Annual administration report of the Civil Veterinary Department of India - 1896-1897
Year: 1896
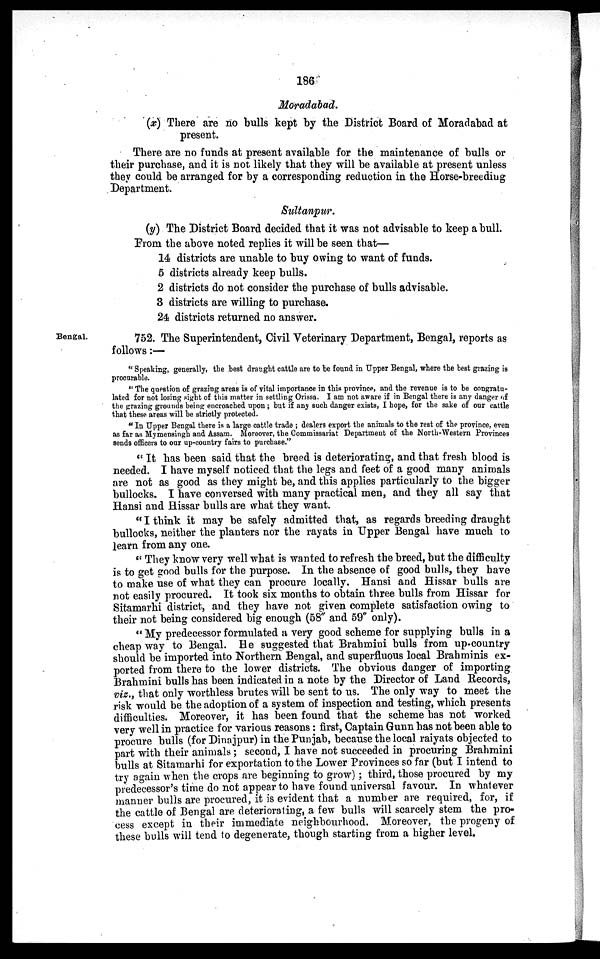
186
Moradabad.
(x) There are no bulls kept by the District Board of Moradabad at
present.
There are no funds at present available for the maintenance of bulls or
their purchase, and it is not likely that they will be available at present unless
they could be arranged for by a corresponding reduction in the Horse-breeding
Department.
Sultanpur.
(y) The District Board decided that it was not advisable to keep a bull.
From the above noted replies it will be seen that—
14 districts are unable to buy owing to want of funds.
5 districts already keep bulls.
2 districts do not consider the purchase of bulls advisable.
3 districts are willing to purchase.
24 districts returned no answer.
Bengal.
752. The Superintendent, Civil Veterinary Department, Bengal, reports as
follows:—
" Speaking, generally, the best draught cattle are to be found in Upper Bengal, where the best grazing is
procurable.
" The question of grazing areas is of vital importance in this province, and the revenue is to be congratu-
lated for not losing sight of this matter in settling Orissa. I am not aware if in Bengal there is any danger of
the grazing grounds being encroached upon; but if any such danger exists, I hope, for the sake of our cattle
that these areas will be strictly protected.
" In Upper Bengal there is a large cattle trade; dealers export the animals to the rest of the province, even
as far as Mymensingh and Assam. Moreover, the Commissariat Department of the North-Western Provinces
sends officers to our up-country fairs to purchase."
"It has been said that the breed is deteriorating, and that fresh blood is
needed. I have myself noticed that the legs and feet of a good many animals
are not as good as they might be, and this applies particularly to the bigger
bullocks. I have conversed with many practical men, and they all say that
Hansi and Hissar bulls are what they want.
"I think it may be safely admitted that, as regards breeding draught
bullocks, neither the planters nor the rayats in Upper Bengal have much to
learn from any one.
"They know very well what is wanted to refresh the breed, but the difficulty
is to get good bulls for the purpose. In the absence of good bulls, they have
to make use of what they can procure locally. Hansi and Hissar bulls are
not easily procured. It took six months to obtain three bulls from Hissar for
Sitamarhi district, and they have not given complete satisfaction owing to
their not being considered big enough (58" and 59" only).
"My predecessor formulated a very good scheme for supplying bulls in a
cheap way to Bengal. He suggested that Brahmini bulls from up-country
should be imported into Northern Bengal, and superfluous local Brahminis ex-
ported from there to the lower districts. The obvious danger of importing
Brahmini bulls has been indicated in a note by the Director of Land Records,
viz., that only worthless brutes will be sent to us. The only way to meet the
risk would be the adoption of a system of inspection and testing, which presents
difficulties. Moreover, it has been found that the scheme has not worked
very well in practice for various reasons: first, Captain Gunn has not been able to
procure bulls (for Dinajpur) in the Punjab, because the local raiyats objected to
part with their animals; second, I have not succeeded in procuring Brahmini
bulls at Sitamarhi for exportation to the Lower Provinces so far (but I intend to
try again when the crops are beginning to grow); third, those procured by my
predecessor's time do not appear to have found universal favour. In whatever
manner bulls are procured, it is evident that a number are required, for, if
the cattle of Bengal are deteriorating, a few bulls will scarcely stem the pro-
cess except in their immediate neighbourhood. Moreover, the progeny of
these bulls will tend to degenerate, though starting from a higher level.